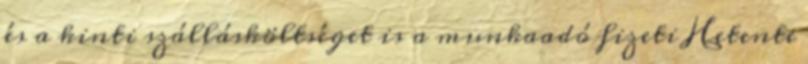
és a kinti szállásköltséget is a munkaadó fizeti Hetente